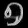
Digit: ၅